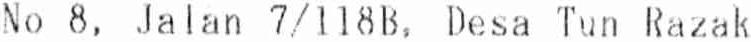
NO 8, JALAN 7/118B, DESA TUN RAZAK